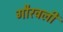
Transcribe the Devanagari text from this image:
गौरवली